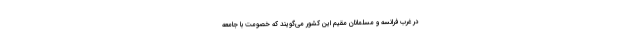
در غرب فرانسه و مسلمانان مقیم این کشور می‌‌گویند که خصومت با جامعه